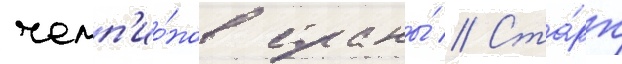
чемп'ио́нов страны́ // Ста́рт